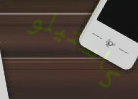
كاستيلو